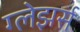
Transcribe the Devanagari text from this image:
ग्लेझर्स